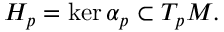
H _ { p } = \ker \alpha _ { p } \subset T _ { p } M .